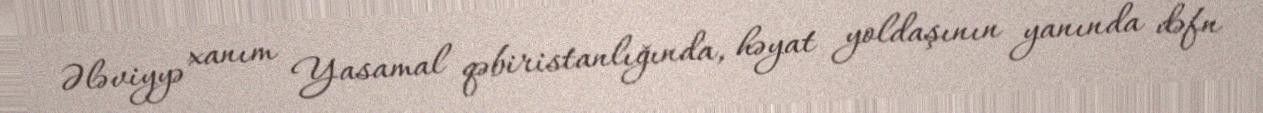
Ələviyyə xanım Yasamal qəbiristanlığında, həyat yoldaşının yanında dəfn